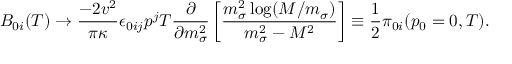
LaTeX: B _ { 0 i } ( T ) \rightarrow \frac { - 2 v ^ { 2 } } { \pi \kappa } \epsilon _ { 0 i j } p ^ { j } T \frac { \partial } { \partial m _ { \sigma } ^ { 2 } } \left[ \frac { m _ { \sigma } ^ { 2 } \log ( M / m _ { \sigma } ) } { m _ { \sigma } ^ { 2 } - M ^ { 2 } } \right] \equiv \frac { 1 } { 2 } { \cal { \pi } } _ { 0 i } ( p _ { 0 } = 0 , T ) .